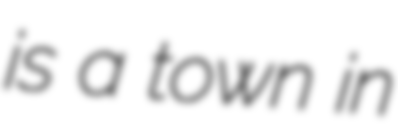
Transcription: is a town in